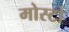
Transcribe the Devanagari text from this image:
मोस्टो